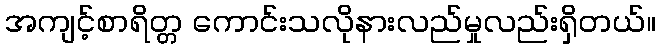
အကျင့်စာရိတ္တ ကောင်းသလိုနားလည်မှုလည်းရှိတယ်။